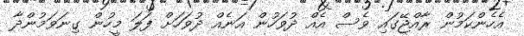
އެހެންކަމުން ރާއްޖޭގައި ވެސް އެއް ދުވަހުން އަނެއް ދުވަހަށް ފަލަ މީހުން ގިނަވަމުންދާ